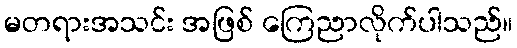
မတရားအသင်း အဖြစ် ကြေညာလိုက်ပါသည်။